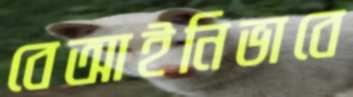
বেআইনিভাবে